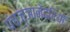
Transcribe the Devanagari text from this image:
पंचज्ञानेद्रियों